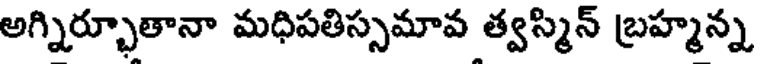
అగ్నిర్భూతానా మధిపతిస్సమావ త్వస్మిన్ బ్రహ్మన్న